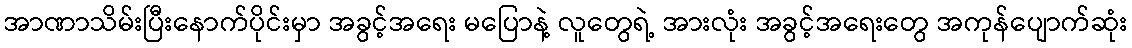
အာဏာသိမ်းပြီးနောက်ပိုင်းမှာ အခွင့်အရေး မပြောနဲ့ လူတွေရဲ့ အားလုံး အခွင့်အရေးတွေ အကုန်ပျောက်ဆုံး